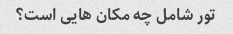
تور شامل چه مکان هایی است؟